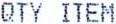
QTY ITEM